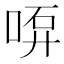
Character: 𠶡